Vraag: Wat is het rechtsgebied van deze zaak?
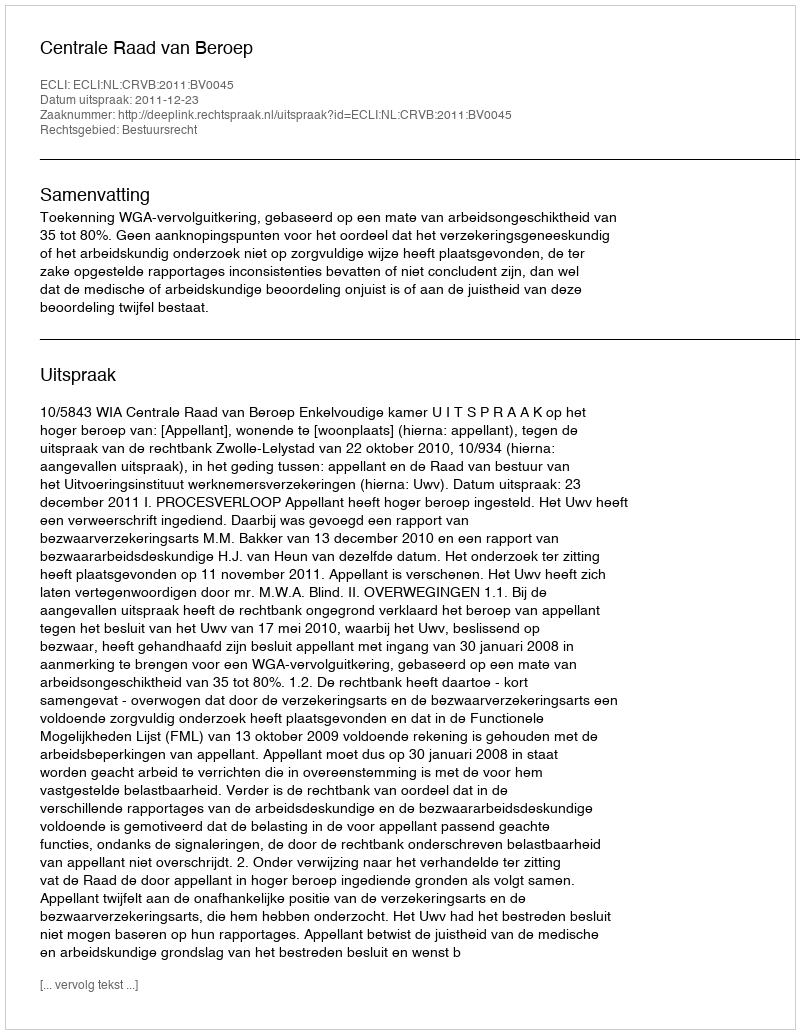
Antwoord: Bestuursrecht